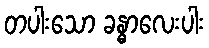
တပါးသော ခန္ဓာလေးပါး